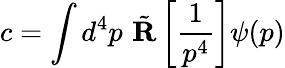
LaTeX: c=\int d^{4}p\, \, {\tilde{\mathbf R}}\left[{\frac{1}{p^{4}}}\right]\psi(p)